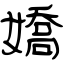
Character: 嬌